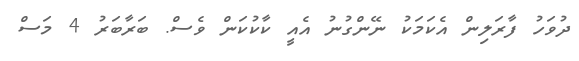
ދުވަހު ފާރަލިން އެކަމަކު ނޭންގުނު އެއީ ކާކުކަން ވެސް. ބަރާބަރު 4 މަސް